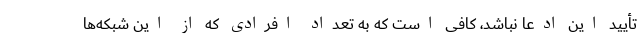
تأیید این ادعا نباشد، کافی است که به تعداد افرادی که از این شبکه‌ها